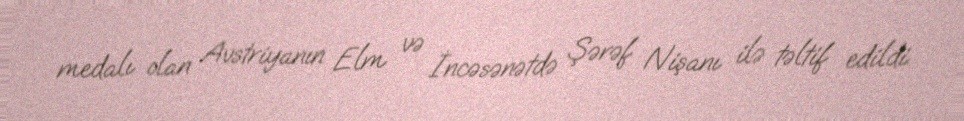
medalı olan Avstriyanın Elm və İncəsənətdə Şərəf Nişanı ilə təltif edildi.